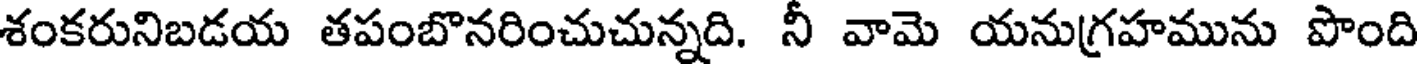
శంకరునిబడయ తపంబొనరించుచున్నది. నీ వామె యనుగ్రహమును పొంది